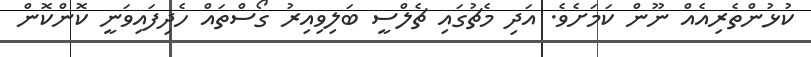
ކުޅުންތެރިއެއް ނޫން ކަމަށެވެ. އަދި މެޗުގައި ޗެލްސީ ބަލިވިއިރު ގޯސްތައް ހެދިފައިވަނީ ކޮންކޮން